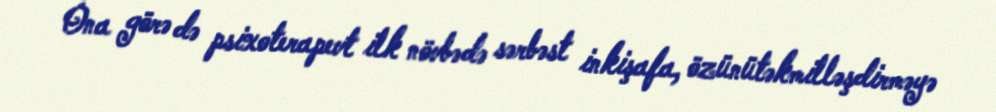
Ona görə də psixoterapevt ilk növbədə sərbəst inkişafa, özünütəkmilləşdirməyə